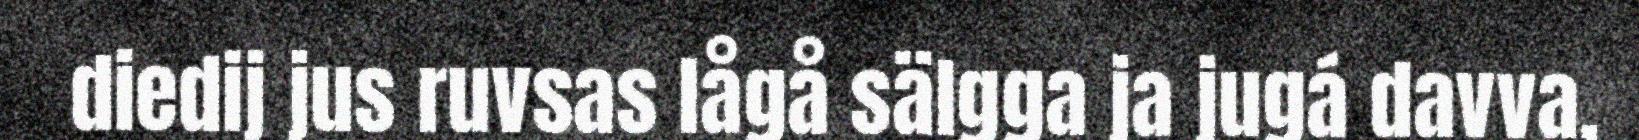
diedij jus ruvsas lågå sälgga ja jugá davva,